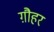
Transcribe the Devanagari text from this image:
ग़ौहर